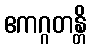
ဧကဂ္ဂတန္တိ